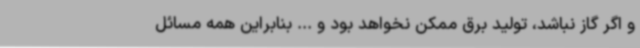
و اگر گاز نباشد، تولید برق ممکن نخواهد بود و ... بنابراین همه مسائل